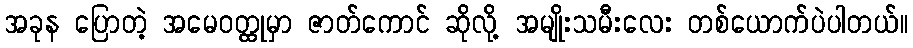
အခုန ပြောတဲ့ အမေဝတ္ထုမှာ ဇာတ်ကောင် ဆိုလို့ အမျိုးသမီးလေး တစ်ယောက်ပဲပါတယ်။